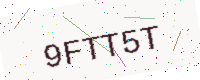
Text: 9FTT5T